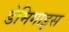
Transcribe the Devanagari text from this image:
डेमिगाइस